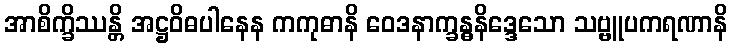
အာစိက္ခိဿန္တိ အဋ္ဌဝိဓပါနေန ကကုဓာနိ ဝေဒနာက္ခန္ဓနိဒ္ဒေသော သဗ္ဗူပကရဏာနိ